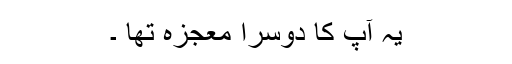
یہ آپ کا دوسرا معجزہ تھا ۔